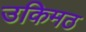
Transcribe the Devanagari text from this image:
उकिमठ